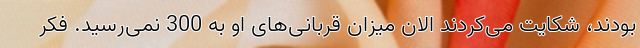
بودند، شکایت می‌کردند الان میزان قربانی‌های او به 300 نمی‌رسید. فکر